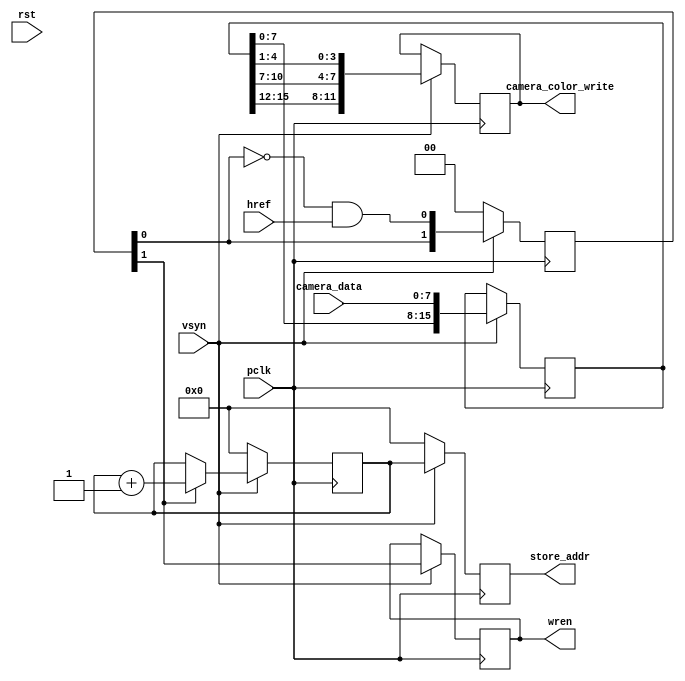
module MODULE_CAMERA_CAPTURER (
    input pclk,
    input href,
    input vsyn,
    input rst,
    input [7:0] camera_data,
    output reg wren,
    output reg [11:0] camera_color_write,
    output reg [18:0] store_addr

);
reg[15:0]rgb565=0;
reg[18:0]next=0;
reg[1:0]select=0;

always @(posedge pclk)
begin
    if(!vsyn)
    begin
        store_addr<=0;
        next<=0;
        select<=0;
    end
    else
    begin
        camera_color_write<={rgb565[15:12],rgb565[10:7],rgb565[4:1]};
        store_addr<=next;
        wren<=select[1];
        select<={select[0],!select[0]&&href};
        rgb565<={rgb565[7:0],camera_data};
        if(select[1])
            next<=next+1;
    end
end
endmodule //MODULE_CAMERA_CAPTURER